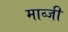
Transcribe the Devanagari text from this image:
माव्जी